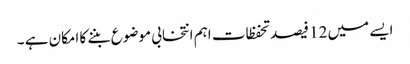
ایسے میں 12 فیصد تحفظات اہم انتخابی موضوع بننے کا امکان ہے ۔